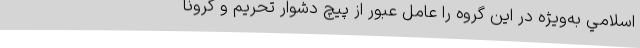
اسلامي به‌ويژه در اين گروه را عامل عبور از پيچ دشوار تحريم و كرونا